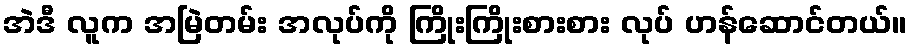
အဲဒီ လူက အမြဲတမ်း အလုပ်ကို ကြိုးကြိုးစားစား လုပ် ဟန်ဆောင်တယ်။